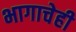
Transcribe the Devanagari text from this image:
भागाचेही